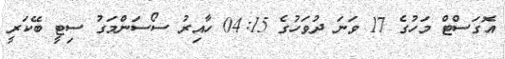
އޮގަސްޓް މަހުގެ 17 ވަނަ ދުވަހުގެ 04:15 ހާއިރު ސޯސަންމަގު ސިޓީ ބޭކަރީ